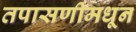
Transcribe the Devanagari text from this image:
तपासणीमधून